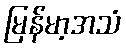
မြန်မာ့အသံ